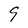
Character: 9